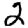
Digit: 2